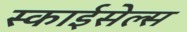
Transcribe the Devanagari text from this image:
स्काईसेल्स